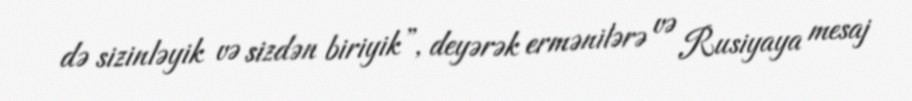
də sizinləyik və sizdən biriyik”, deyərək ermənilərə və Rusiyaya mesaj